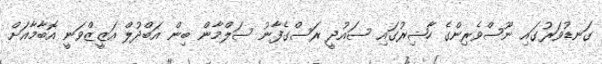
ގަނޑުވަރުގައި ނޫސްވެރިންގެ ހާޟިރުގައި ސައުދީ ރަސްގެފާނު ސަލްމާން ބިން އަބްދުލް އަޒީޒްވަނީ އޮބާމާއަށް